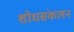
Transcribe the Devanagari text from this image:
शोधसंकलन